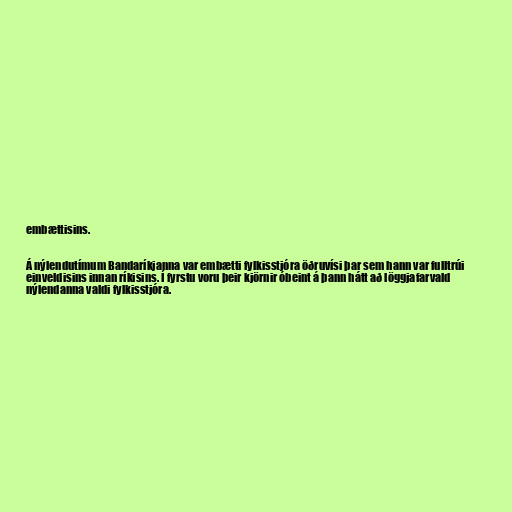
embættisins.

Á nýlendutímum Bandaríkjanna var embætti fylkisstjóra öðruvísi þar sem hann var fulltrúi
einveldisins innan ríkisins. Í fyrstu voru þeir kjörnir óbeint á þann hátt að löggjafarvald
nýlendanna valdi fylkisstjóra.